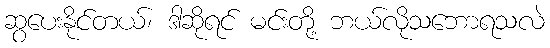
ဆွပေးနိုင်တယ်၊ ဒါဆိုရင် မင်းတို့ ဘယ်လိုသဘောရသလဲ